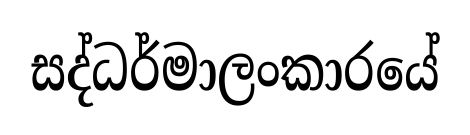
සද්ධර්මාලංකාරයේ